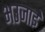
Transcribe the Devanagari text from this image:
भउजाईं